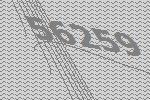
56259